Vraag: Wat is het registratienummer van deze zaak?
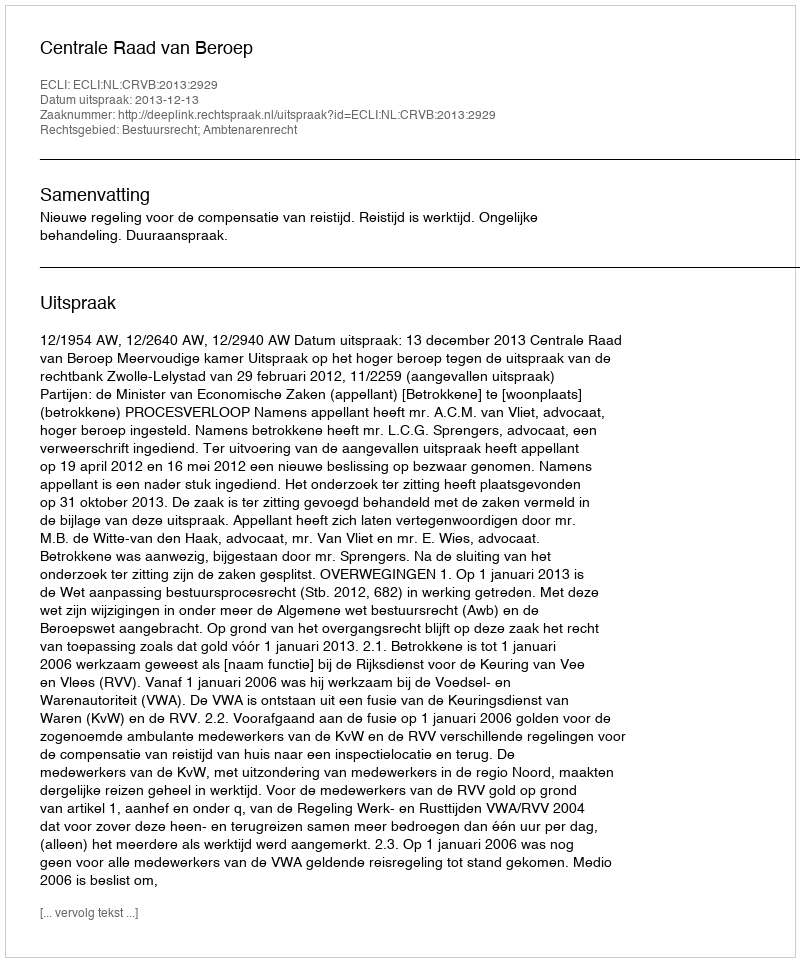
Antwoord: http://deeplink.rechtspraak.nl/uitspraak?id=ECLI:NL:CRVB:2013:2929